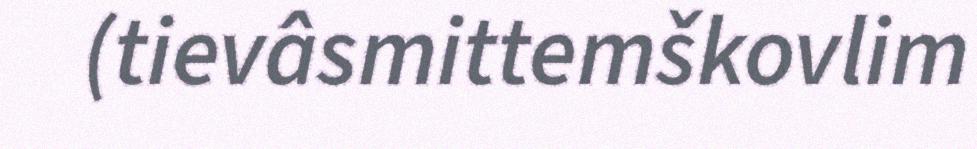
(tievâsmittemškovlim